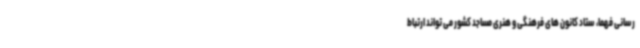
رسانی فهما، ستاد کانون های فرهنگی و هنری مساجد کشور می تواند ارتباط